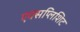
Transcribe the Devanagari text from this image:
एक्सप्लिशिट